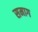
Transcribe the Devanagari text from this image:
समाग